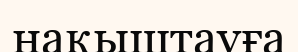
нақыштауға